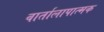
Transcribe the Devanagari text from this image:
वार्तालापात्मक